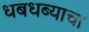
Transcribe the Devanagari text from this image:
धबधब्याचा